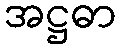
အဋ္ဌဓာ